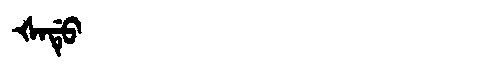
Manchu: ᡧᠠᡩᡠ
Romanization: ŠADU